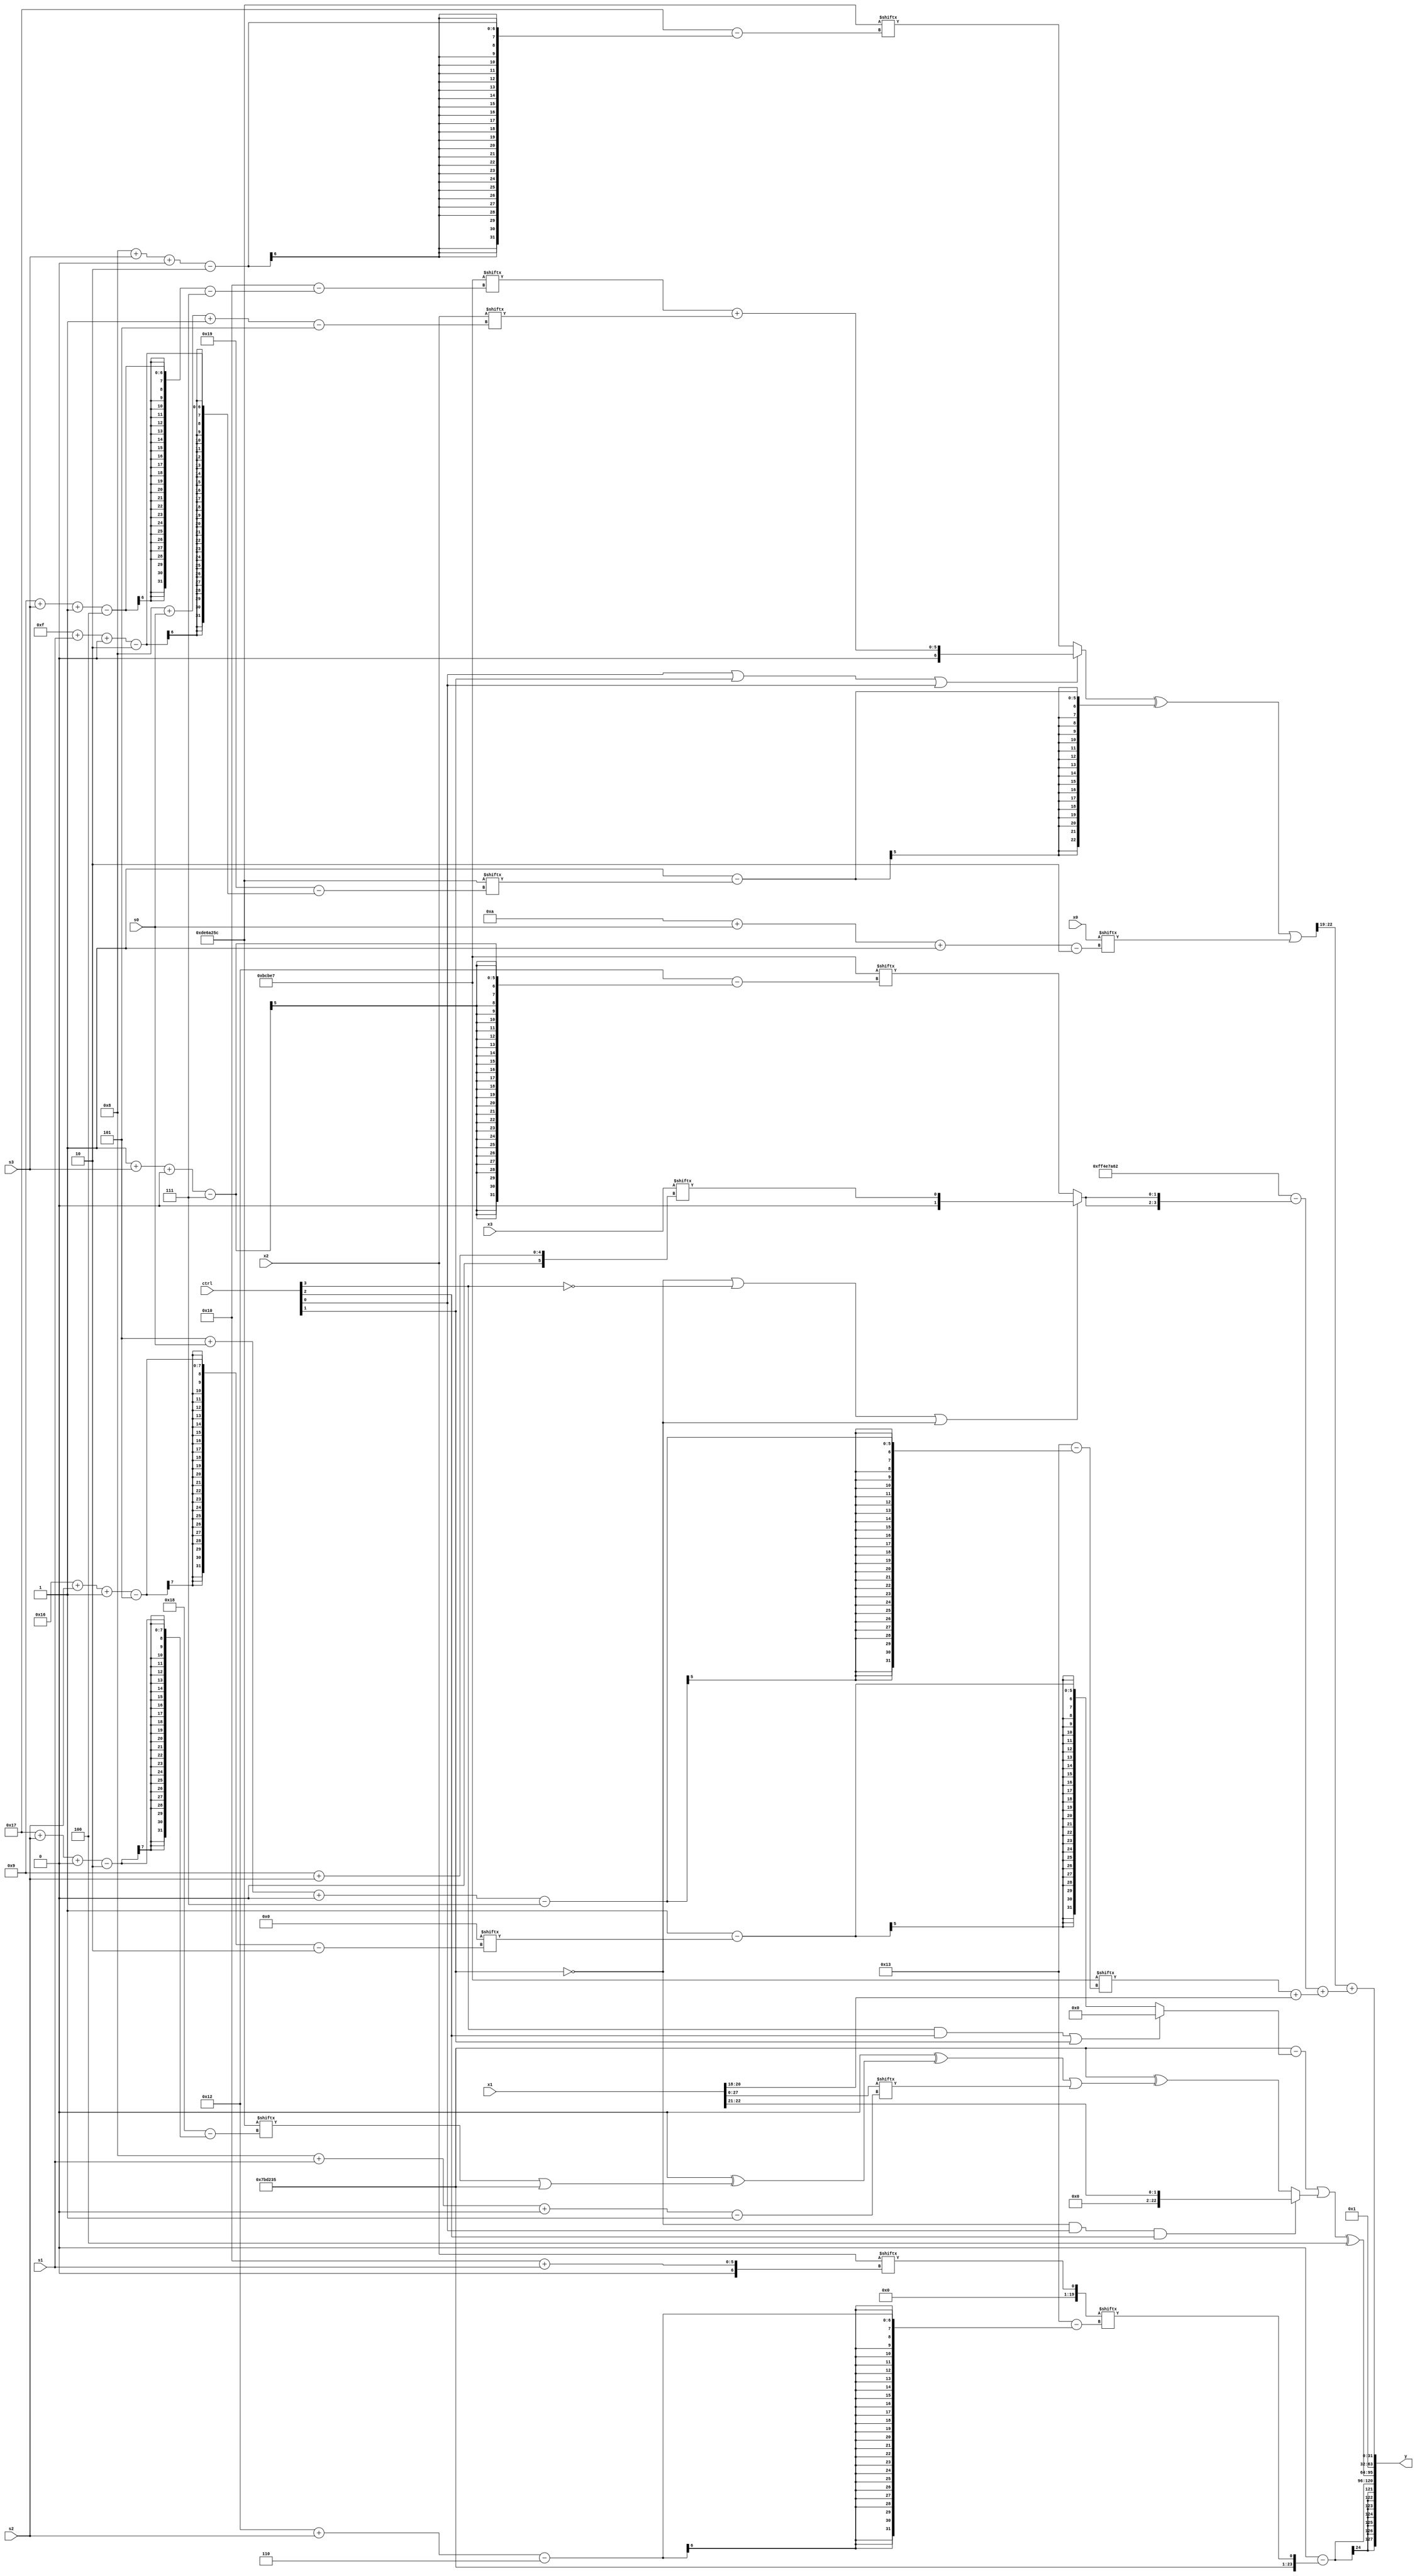
module partsel_00100(ctrl, s0, s1, s2, s3, x0, x1, x2, x3, y);
  input [3:0] ctrl;
  input [2:0] s0;
  input [2:0] s1;
  input [2:0] s2;
  input [2:0] s3;
  input [31:0] x0;
  input [31:0] x1;
  input [31:0] x2;
  input signed [31:0] x3;
  wire signed [28:1] x4;
  wire signed [26:1] x5;
  wire signed [7:26] x6;
  wire [28:4] x7;
  wire signed [28:2] x8;
  wire signed [7:31] x9;
  wire signed [29:2] x10;
  wire [24:5] x11;
  wire signed [3:24] x12;
  wire [6:25] x13;
  wire signed [4:28] x14;
  wire [24:1] x15;
  output [127:0] y;
  wire [31:0] y0;
  wire [31:0] y1;
  wire signed [31:0] y2;
  wire signed [31:0] y3;
  assign y = {y0,y1,y2,y3};
  localparam [2:31] p0 = 233218652;
  localparam signed [24:2] p1 = 628871733;
  localparam [7:26] p2 = 151768039;
  localparam signed [28:2] p3 = 548504990;
  assign x4 = x1;
  assign x5 = p1;
  assign x6 = p3[10 +: 1];
  assign x7 = x2[8 + s0 -: 5];
  assign x8 = {{2{(!ctrl[1] && !ctrl[0] || ctrl[2] ? p0 : p1[4 + s2])}}, p2[19 +: 1]};
  assign x9 = {2{({((p2[22] ^ (p1[19] - p0[21])) + ((x4[18 + s0 -: 1] ^ x1[23]) - (x5[10] - x2[13 +: 3]))), ((ctrl[0] || ctrl[1] || ctrl[0] ? (p2[9 + s3 -: 4] + x7) : p0[8 + s3 +: 7]) ^ (p2[19 -: 1] - p0[15 + s1 +: 5]))} | x0[10 + s0 -: 2])}};
  assign x10 = x5[19 -: 1];
  assign x11 = p1[16 -: 4];
  assign x12 = {2{x4[19 + s0 +: 6]}};
  assign x13 = x2[16 + s1];
  assign x14 = (ctrl[2] && !ctrl[1] && !ctrl[3] ? p1[8] : {2{p3}});
  assign x15 = p2;
  assign y0 = (x7[21 -: 1] - (ctrl[1] || !ctrl[1] || !ctrl[0] ? {p1, x13[18 + s2]} : (x8[5 + s0 +: 3] & (!ctrl[1] && !ctrl[1] || !ctrl[0] ? x12[0 + s0 +: 4] : ((x14[17 +: 2] ^ p3[9]) | x15)))));
  assign y1 = {2{(((p1 - (ctrl[3] && ctrl[2] || ctrl[1] ? p2[16] : (x6 - x10[22 + s2 -: 5]))) | (!ctrl[1] && ctrl[0] && ctrl[2] ? (ctrl[1] && !ctrl[1] && ctrl[0] ? (x1 & x11[10]) : x1[22 -: 2]) : (p1 ^ ((p1[20] ^ (p3[13 +: 3] ^ (p0[23 + s2 +: 6] | p1))) | x4[8 + s1 +: 1])))) ^ p0[18 +: 3])}};
  assign y2 = p3[23];
  assign y3 = (x9[12 -: 4] + ((({2{(p3[13 +: 3] & p0)}} - p3) - {2{(!ctrl[1] || !ctrl[3] || !ctrl[1] ? x3[9 + s2] : p2[1 + s3 +: 2])}}) + (p2[5 + s0 +: 1] + x1[18 +: 3])));
endmodule